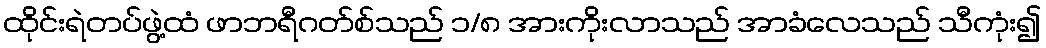
ထိုင်းရဲတပ်ဖွဲ့ထံ ဖာဘရီဂတ်စ်သည် ၁/၈ အားကိုးလာသည် အာခံလေသည် သီကုံး၍